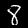
Digit: 8